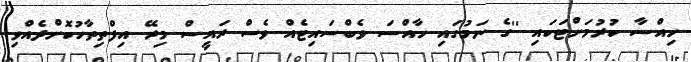
ހިއްސާ ކުރުމަށްޓަކައި ''ގެ ނަމުގައި ހާއްސަ ވެބްސައިޓެއް ވެސް ރައީސް މިރޭ އިފްތިތާހުކޮށްދެއްވި